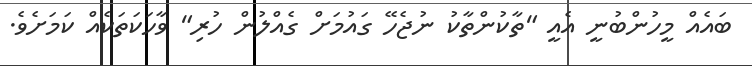
ބައެއް މީހުންބުނީ އެއީ "ތާކުންތާކު ނުޖެހޭ ގައުމަށް ގެއްލުން ހުރި" ވާހަކަތަކެއް ކަމަށެވެ.